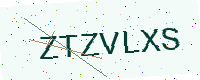
Text: ZTZVLXS